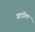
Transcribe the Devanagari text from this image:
ग्रादोल